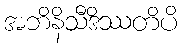
အဘိနိသီဒိဿတိပိ